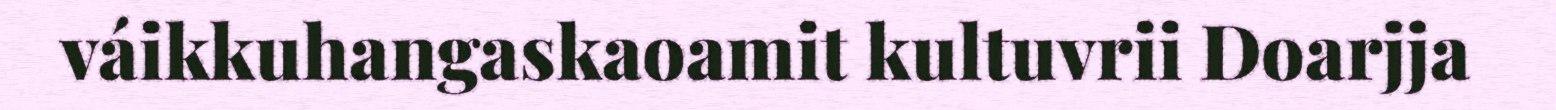
váikkuhangaskaoamit kultuvrii Doarjja